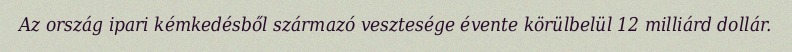
Az ország ipari kémkedésből származó vesztesége évente körülbelül 12 milliárd dollár.